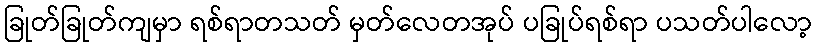
ခြုတ်ခြုတ်ကျမှာ ရစ်ရာတသတ် မှတ်လေတအုပ် ပခြုပ်ရစ်ရာ ပသတ်ပါလော့